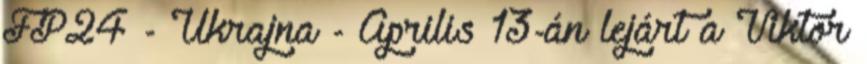
FP24 - Ukrajna - Április 13-án lejárt a Viktor